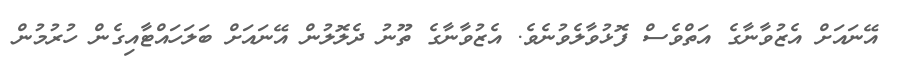
އޭނައަށް އެޒުވާނާގެ އަތްވެސް ފޮޅުވާލެވުނެވެ. އެޒުވާނާގެ ތޫނު ދެލޮލުން އޭނައަށް ބަލަހައްޓާއިގެން ހުރުމުން